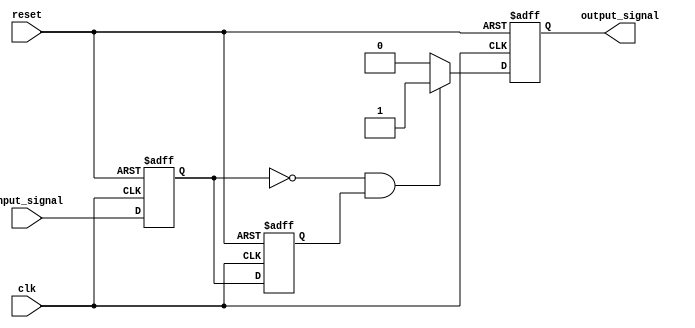
module falling_edge_detector (
    input wire clk,                    // Clock signal
    input wire reset,                  // Reset signal
    input wire input_signal,           // Input signal to detect falling edge
    output reg output_signal           // Output signal indicating falling edge
);

    // Internal registers to store the current and previous states
    reg current_state;
    reg previous_state;

    // Always block triggered on the rising edge of the clock or reset
    always @(posedge clk or posedge reset) begin
        if (reset) begin
            // Reset the states and output signal
            current_state <= 1'b0;
            previous_state <= 1'b0;
            output_signal <= 1'b0;
        end else begin
            // Update the previous state with the current state
            previous_state <= current_state;
            // Capture the current input signal
            current_state <= input_signal;

            // Check for falling edge condition
            if (current_state == 1'b0 && previous_state == 1'b1) begin
                output_signal <= 1'b1;  // Falling edge detected
            end else begin
                output_signal <= 1'b0;  // No falling edge
            end
        end
    end
endmodule